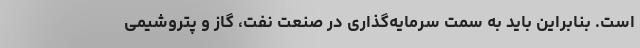
است. بنابراین باید به سمت سرمایه‌گذاری در صنعت نفت، گاز و پتروشیمی